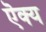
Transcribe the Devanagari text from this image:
ऎक्य